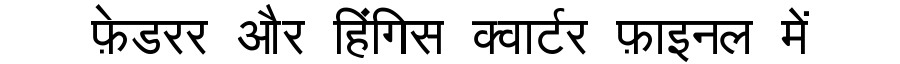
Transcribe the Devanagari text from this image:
फ़ेडरर और हिंगिस क्वार्टर फ़ाइनल में